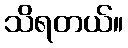
သိရတယ်။